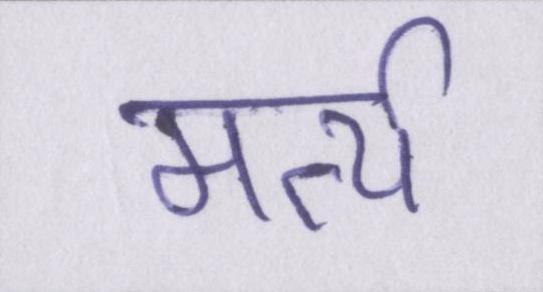
मर्त्य